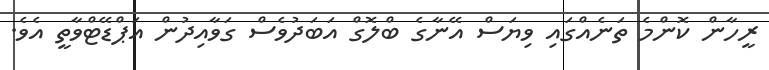
ރީހާން ކޮންމެ ތަނެއްގައި ވިޔަސް އޭނާގެ ބްލޮގް އަބަދުވެސް ގަވާއިދުން އަޕްޑޭޓްވާތީ އެވެ.